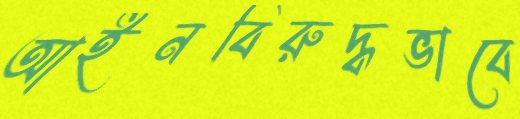
আইনবিরুদ্ধভাবে